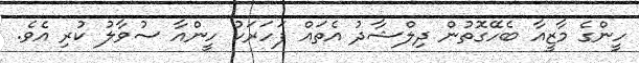
ހީންގެ މާޒީއާ ބެހޭގޮތުން ދިލްޝާދު އެތައް ފަހަރަކު ހީންއާ ސުވާލު ކުރި އެވެ.